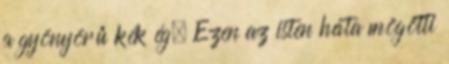
a gyönyörű kék ég. Ezen az isten háta mögötti